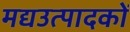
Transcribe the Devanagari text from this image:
मद्यउत्पादकों